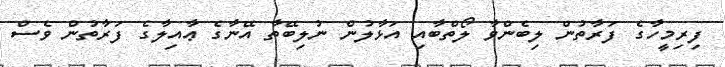
ފިރިމީހާގެ ފަރާތުން ލިބެންވާ ލޯތްބާއި އަޅާލުން ނުލިބޭތާ އޭނާގެ ޢާއިލާގެ ފަރާތުން ވެސް